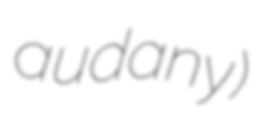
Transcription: audany)